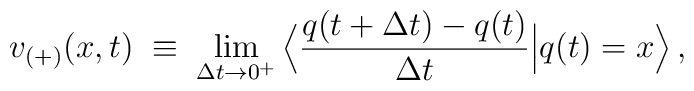
v_{(+)}(x,t) \; \equiv \; \lim_{\Delta t \rightarrow 0^{+}}\Big\langle \frac{q(t + \Delta t) - q(t)}{\Delta t}\Big| q(t) = x \Big\rangle \, ,